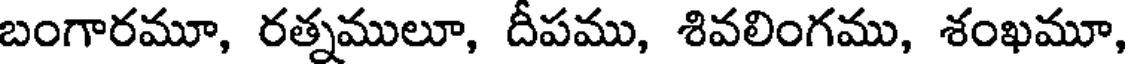
బంగారమూ, రత్నములూ, దీపము, శివలింగము, శంఖమూ,